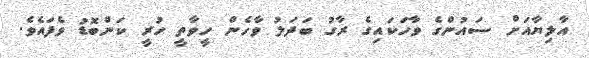
އާލިޔާއަށް ސައުންގެ ވާހަކައިގެ ރާގު ބަދަލު ވާހެން ހީވާތީ ހުރީ ކަންބޮޑު ވެފައެވެ.